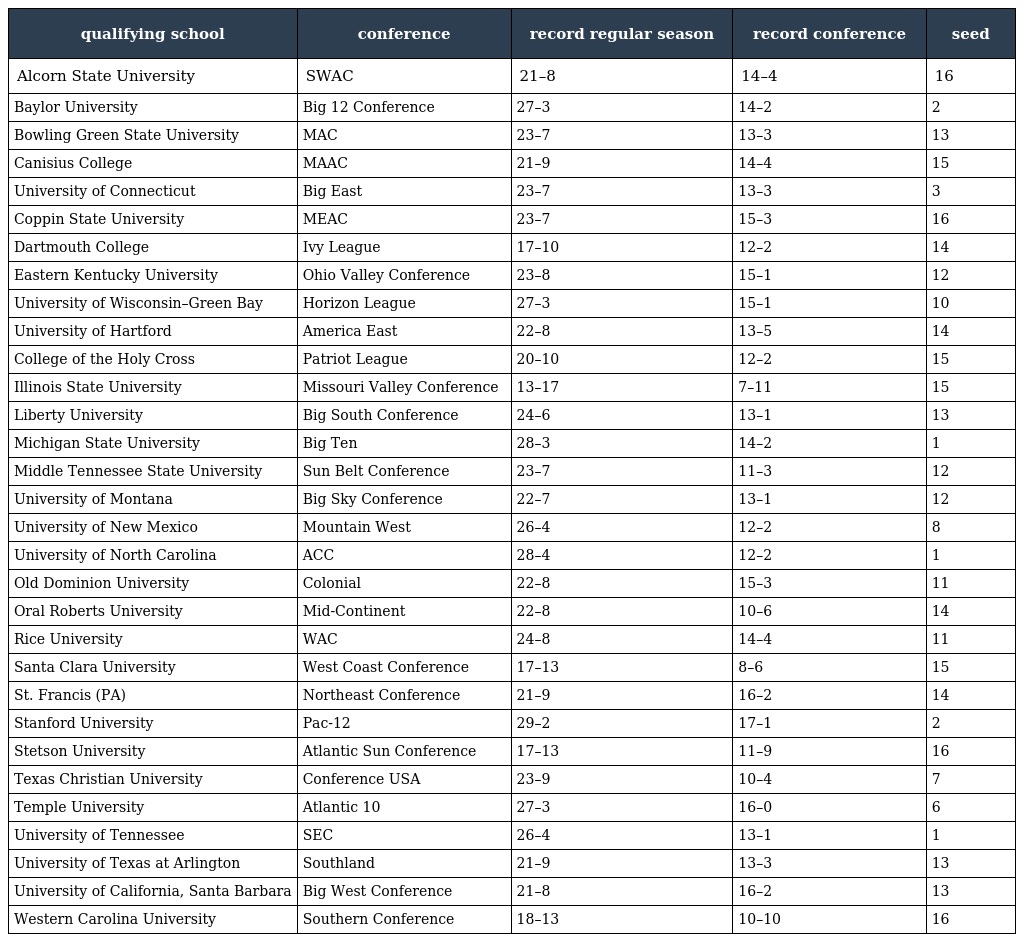
| qualifying school | conference | record regular season | record conference | seed |
 | --- | --- | --- | --- | --- |
 | Alcorn State University | SWAC | 21–8 | 14–4 | 16 |
 | Baylor University | Big 12 Conference | 27–3 | 14–2 | 2 |
 | Bowling Green State University | MAC | 23–7 | 13–3 | 13 |
 | Canisius College | MAAC | 21–9 | 14–4 | 15 |
 | University of Connecticut | Big East | 23–7 | 13–3 | 3 |
 | Coppin State University | MEAC | 23–7 | 15–3 | 16 |
 | Dartmouth College | Ivy League | 17–10 | 12–2 | 14 |
 | Eastern Kentucky University | Ohio Valley Conference | 23–8 | 15–1 | 12 |
 | University of Wisconsin–Green Bay | Horizon League | 27–3 | 15–1 | 10 |
 | University of Hartford | America East | 22–8 | 13–5 | 14 |
 | College of the Holy Cross | Patriot League | 20–10 | 12–2 | 15 |
 | Illinois State University | Missouri Valley Conference | 13–17 | 7–11 | 15 |
 | Liberty University | Big South Conference | 24–6 | 13–1 | 13 |
 | Michigan State University | Big Ten | 28–3 | 14–2 | 1 |
 | Middle Tennessee State University | Sun Belt Conference | 23–7 | 11–3 | 12 |
 | University of Montana | Big Sky Conference | 22–7 | 13–1 | 12 |
 | University of New Mexico | Mountain West | 26–4 | 12–2 | 8 |
 | University of North Carolina | ACC | 28–4 | 12–2 | 1 |
 | Old Dominion University | Colonial | 22–8 | 15–3 | 11 |
 | Oral Roberts University | Mid-Continent | 22–8 | 10–6 | 14 |
 | Rice University | WAC | 24–8 | 14–4 | 11 |
 | Santa Clara University | West Coast Conference | 17–13 | 8–6 | 15 |
 | St. Francis (PA) | Northeast Conference | 21–9 | 16–2 | 14 |
 | Stanford University | Pac-12 | 29–2 | 17–1 | 2 |
 | Stetson University | Atlantic Sun Conference | 17–13 | 11–9 | 16 |
 | Texas Christian University | Conference USA | 23–9 | 10–4 | 7 |
 | Temple University | Atlantic 10 | 27–3 | 16–0 | 6 |
 | University of Tennessee | SEC | 26–4 | 13–1 | 1 |
 | University of Texas at Arlington | Southland | 21–9 | 13–3 | 13 |
 | University of California, Santa Barbara | Big West Conference | 21–8 | 16–2 | 13 |
 | Western Carolina University | Southern Conference | 18–13 | 10–10 | 16 |